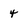
Character: 4